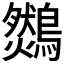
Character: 𪆈